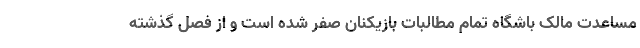
مساعدت مالک باشگاه تمام مطالبات بازیکنان صفر شده است و از فصل گذشته